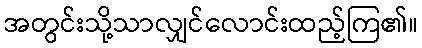
အတွင်းသို့သာလျှင်လောင်းထည့်ကြ၏။